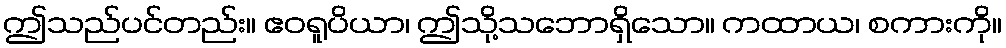
ဤသည်ပင်တည်း။ ဧဝရူပိယာ၊ ဤသို့သဘောရှိသော။ ကထာယ၊ စကားကို။